Indian journal of veterinary science and animal husbandry - Volumes 18-21, 1948-1951
Year: 1948
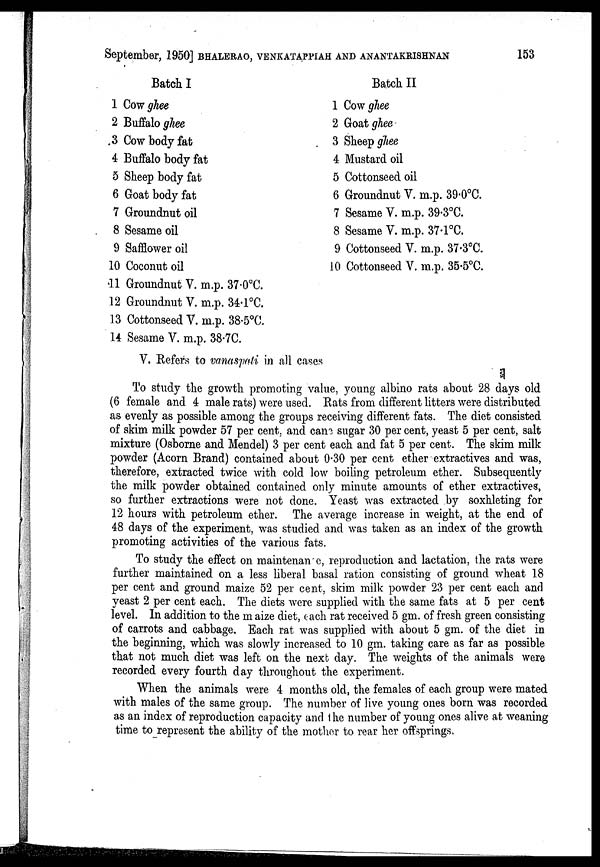
September, 1950] BHALERAO, VENKATAPPIAH AND ANANTAKRISHNAN 153
Batch I
1 Cow ghee
2 Buffalo ghee
3 Cow body fat
4 Buffalo body fat
5 Sheep body fat
6 Goat body fat
7 Groundnut oil
8 Sesame oil
9 Safflower oil
10 Coconut oil
11 Groundnut V. m.p. 37.0°C.
12 Groundnut V. m.p. 34.1°C.
13 Cottonseed V. m.p. 38.5°C.
14 Sesame V. m.p. 38.7C.
Batch II
1 Cow ghee
2 Goat ghee
3 Sheep ghee
4 Mustard oil
5 Cottonseed oil
6 Groundnut V. m.p. 39.0°C.
7 Sesame V. m.p. 39.3°C.
8 Sesame V. m.p. 37.1°C.
9 Cottonseed V. m.p. 37.3°C.
10 Cottonseed V. m.p. 35.5°C.
V. Refers to vanaspati in all cases
To study the growth promoting value, young albino rats about 28 days old
(6 female and 4 male rats) were used. Rats from different litters were distributed
as evenly as possible among the groups receiving different fats. The diet consisted
of skim milk powder 57 per cent, and cane sugar 30 per cent, yeast 5 per cent, salt
mixture (Osborne and Mendel) 3 per cent each and fat 5 per cent. The skim milk
powder (Acorn Brand) contained about 0.30 per cent ether extractives and was,
therefore, extracted twice with cold low boiling petroleum ether. Subsequently
the milk powder obtained contained only minute amounts of ether extractives,
so further extractions were not done. Yeast was extracted by soxhleting for
12 hours with petroleum ether. The average increase in weight, at the end of
48 days of the experiment, was studied and was taken as an index of the growth
promoting activities of the various fats.
To study the effect on maintenance, reproduction and lactation, the rats were
further maintained on a less liberal basal ration consisting of ground wheat 18
per cent and ground maize 52 per cent, skim milk powder 23 per cent each and
yeast 2 per cent each. The diets were supplied with the same fats at 5 per cent
level. In addition to the m aize diet, each rat received 5 gm. of fresh green consisting
of carrots and cabbage. Each rat was supplied with about 5 gm. of the diet in
the beginning, which was slowly increased to 10 gm. taking care as far as possible
that not much diet was left on the next day. The weights of the animals were
recorded every fourth day throughout the experiment.
When the animals were 4 months old, the females of each group were mated
with males of the same group. The number of live young ones born was recorded
as an index of reproduction capacity and the number of young ones alive at weaning
time to represent the ability of the mother to rear her offsprings.